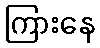
ကြားနေ